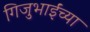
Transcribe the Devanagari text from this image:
गिजुभाईंच्या